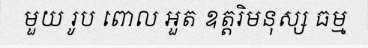
មួយ រូប ពោល អួត ឧត្តរិមនុស្ស ធម្ម